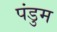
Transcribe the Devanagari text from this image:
पंडुम